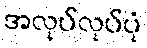
အလုပ်လုပ်ပုံ